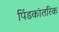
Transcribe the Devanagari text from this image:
पिंडकांतरिक